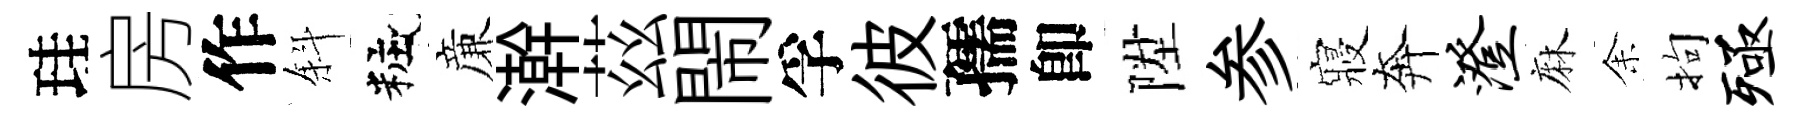
珪房作斜粧亷澣茲閙孚彼孺卽陞参寢奔澄麻𪜬拘殛